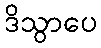
ဒိသွာပေ